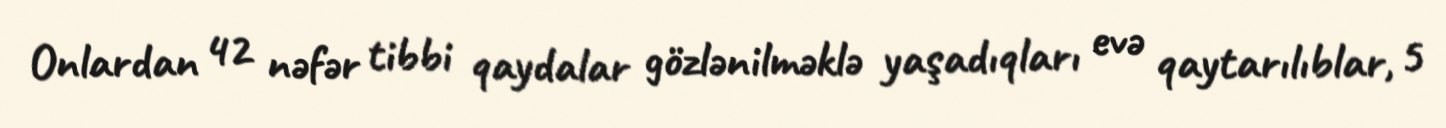
Onlardan 42 nəfər tibbi qaydalar gözlənilməklə yaşadıqları evə qaytarılıblar, 5